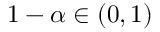
1 - \alpha \in ( 0 , 1 )